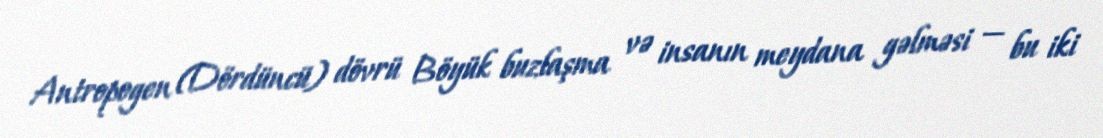
Antropogen (Dördüncü) dövrü Böyük buzlaşma və insanın meydana gəlməsi — bu iki